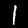
Digit: 1